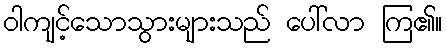
ဝါကျင့်သောသွားများသည် ပေါ်လာ ကြ၏။